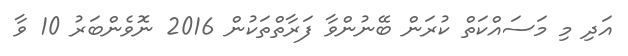
އަދި މި މަސައްކަތް ކުރަން ބޭނުންވާ ފަރާތްތަކުން 2016 ނޮވެންބަރު 10 ވާ